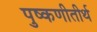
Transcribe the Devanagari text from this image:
पुष्कणीतीर्थ